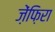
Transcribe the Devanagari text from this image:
ज़ेंफ़िरा